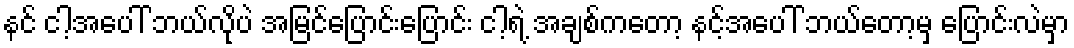
နင် ငါ့အပေါ် ဘယ်လိုပဲ အမြင်ပြောင်းပြောင်း ငါ့ရဲ့ အချစ်ကတော့ နင့်အပေါ် ဘယ်တော့မှ ပြောင်းလဲမှာ